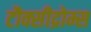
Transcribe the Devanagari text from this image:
टौक्सीद्रोम्स